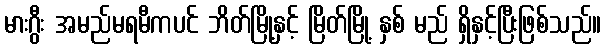
မားဂွီး အမည်မရမီကပင် ဘိတ်မြို့နှင့် မြိတ်မြို့ နှစ် မည် ရှိနှင့်ပြီးဖြစ်သည်။